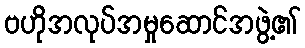
ဗဟိုအလုပ်အမှုဆောင်အဖွဲ့၏